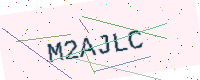
Text: M2AJLC